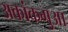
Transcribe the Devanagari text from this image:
अकांकगुआ